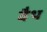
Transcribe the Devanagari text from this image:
वैथ